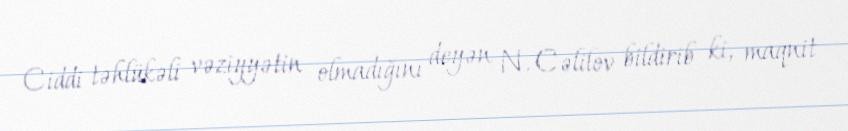
Ciddi təhlükəli vəziyyətin olmadığını deyən N. Cəlilov bildirib ki, maqnit